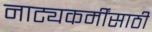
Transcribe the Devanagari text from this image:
नाट्यकर्मींसाठी